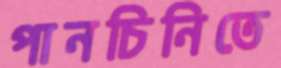
পানচিনিতে